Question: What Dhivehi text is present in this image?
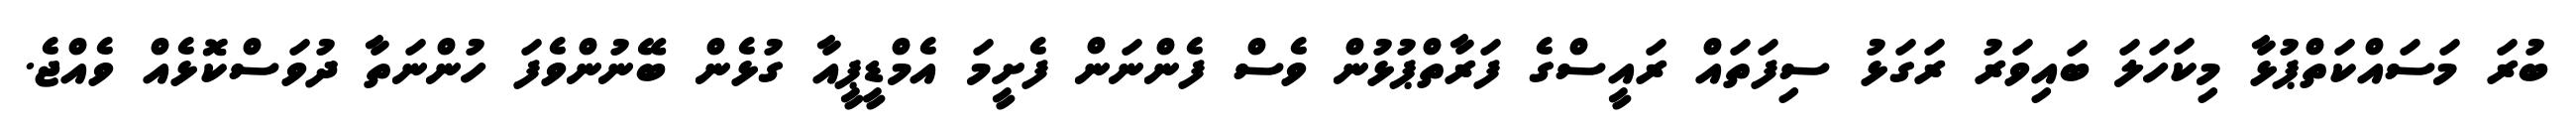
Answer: ބުރަ މަސައްކަތްޕުޅާ މިކަހަލަ ބައިވަރު ރަގަޅު ސިފަތައް ރައީސްގެ ފަރާތްޕުޅުން ވެސް ފެންނަން ފެށީމަ އެމްޑީޕީއާ ގުޅެން ބޭނުންވެފަ ހުންނަތާ ދުވަސްކޮޅެއް ވެއްޖެ.